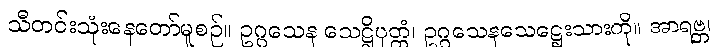
သီတင်းသုံးနေတော်မူစဉ်။ ဥဂ္ဂသေန သေဋ္ဌိပုတ္တံ၊ ဥဂ္ဂသေနသေဋ္ဌေးသားကို။ အာရဗ္ဘ၊